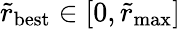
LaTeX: \tilde{r}_{\mathrm{best}}\in[0,\tilde{r}_{\mathrm{max}}]